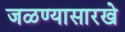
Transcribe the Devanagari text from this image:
जळण्यासारखे